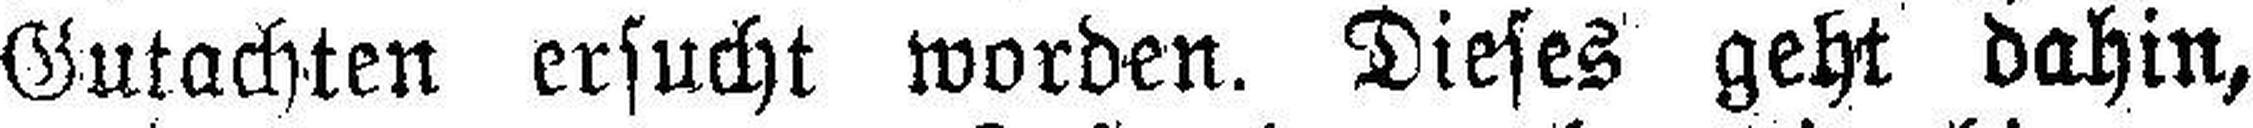
Gutachten ersucht worden. Dieses geht dahin,